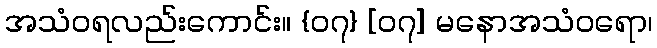
အသံဝရလည်းကောင်း။ {၀၇} [၀၇] မနောအသံဝရော၊